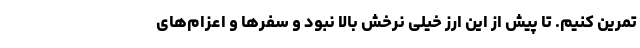
تمرین کنیم. تا پیش از این ارز خیلی نرخش بالا نبود و سفرها و اعزام‌های